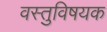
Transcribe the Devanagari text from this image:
वस्तुविषयक